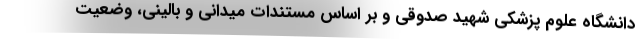
دانشگاه علوم پزشکی شهید صدوقی و بر اساس مستندات میدانی و بالینی، وضعیت